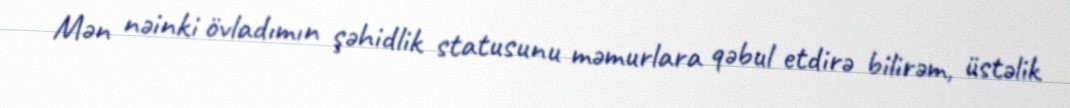
Mən nəinki övladımın şəhidlik statusunu məmurlara qəbul etdirə bilirəm, üstəlik